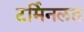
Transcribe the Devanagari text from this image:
टर्मिनलत